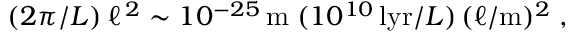
( 2 \pi / L ) \: \ell ^ { \, 2 } \sim 1 0 ^ { - 2 5 } \, \mathrm { m } \; ( 1 0 ^ { 1 0 } \, \mathrm { l y r } / L ) \, ( \ell / \mathrm { m } ) ^ { 2 } \; ,